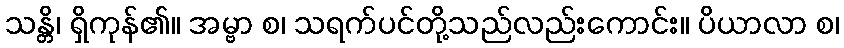
သန္တိ၊ ရှိကုန်၏။ အမ္ဗာ စ၊ သရက်ပင်တို့သည်လည်းကောင်း။ ပိယာလာ စ၊